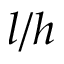
l / h